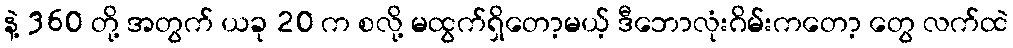
နဲ့ 360 တို့ အတွက် ယခု 20 က စလို့ မထွက်ရှိတော့မယ့် ဒီဘောလုံးဂိမ်းကတော့ တွေ လက်ထဲ